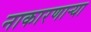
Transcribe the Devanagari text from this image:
नाकारणाऱ्या